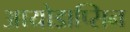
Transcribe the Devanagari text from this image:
आयोडाप्सिन